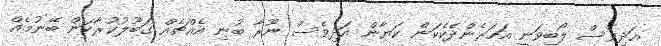
އަދިވެސް ލޯބިވަނީ އަހަރެންދެކެކަން ކަޔާން އަދިވެސް ނޫރާ ބުނި އެއްޗެއް ގަބޫލުކުރާކަން ބޭނުމެއް